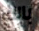
بالك